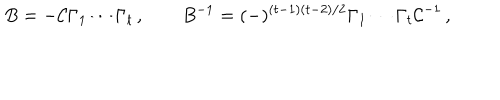
LaTeX: B = - { \cal C } \Gamma _ { 1 } \cdots \Gamma _ { t } \, , \qquad B ^ { - 1 } = ( - ) ^ { ( t - 1 ) ( t - 2 ) / 2 } \Gamma _ { 1 } \cdots \Gamma _ { t } { \cal C } ^ { - 1 } \, ,